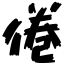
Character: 倦